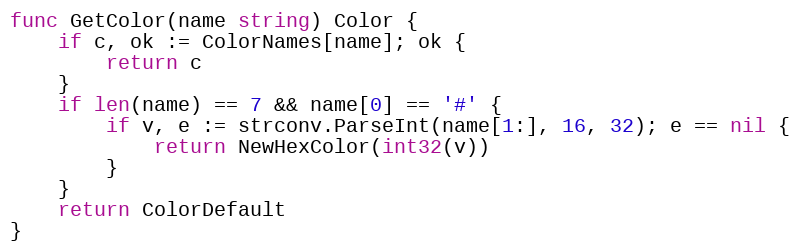
Language: Go
func GetColor(name string) Color {
	if c, ok := ColorNames[name]; ok {
		return c
	}
	if len(name) == 7 && name[0] == '#' {
		if v, e := strconv.ParseInt(name[1:], 16, 32); e == nil {
			return NewHexColor(int32(v))
		}
	}
	return ColorDefault
}